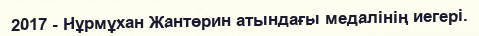
2017 - Нұрмұхан Жантөрин атындағы медалінің иегері.